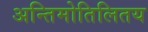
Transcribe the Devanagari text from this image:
अन्तिमोतिलितय